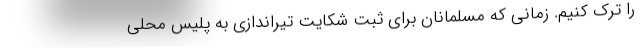
را ترک کنیم. زمانی که مسلمانان برای ثبت شکایت تیراندازی به پلیس محلی